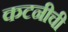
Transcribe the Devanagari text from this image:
कटनीची